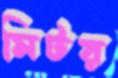
মিটয়